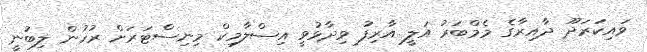
ވައިކަރަދޫ ދާއިރާގެ މެމްބަރު އަލީ އާރިފު ވިދާޅުވީ އިސްލާމިކް މިނިސްޓަރަށް ރުހުން ލިބުނީ